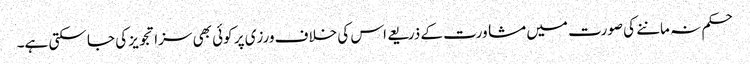
حکم نہ ماننے کی صورت میں مشاورت کے ذریعے اس کی خلاف ورزی پر کوئی بھی سزا تجویز کی جا سکتی ہے۔